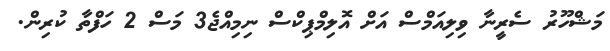
މަޝްހޫރު ސެރީނާ ވިލިއަމްސް އަށް އޮލިމްޕިކްސް ނިމިއްޖެ3 މަސް 2 ހަފްތާ ކުރިން.